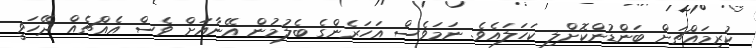
ކުރިމައްޗަށް ބަންޑުންކޮށްލި ކަހަލައެވެ. ނަމަވެސް އަހަރެންގެ ބެލުމުން އޭނާއަށް ވެސް އެއްޗެއް ދޭހަވީ